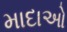
માદાઓ